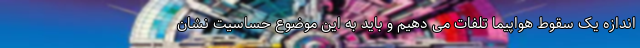
اندازه یک سقوط هواپیما تلفات می دهیم و باید به این موضوع حساسیت نشان